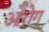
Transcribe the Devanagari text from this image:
ओरोग